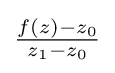
{\textstyle {\frac {f(z)-z_{0}}{z_{1}-z_{0}}}}